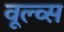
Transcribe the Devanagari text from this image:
वूल्व्स